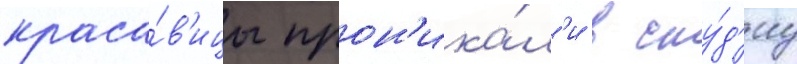
краса́в'ицы прон'ика́л'и в сту́д'иу